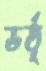
ভর্তৃ